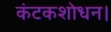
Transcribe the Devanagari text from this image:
कंटकशोधन।